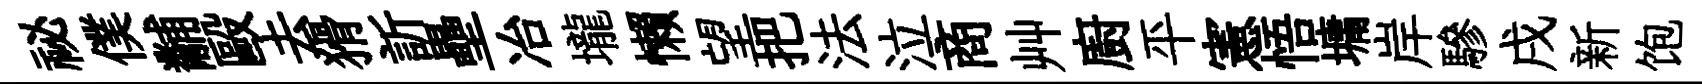
祕僕黼毆去猾訢壘冶壠懒望把法泣商艸廚平憲悟墉岸驂戌新饱